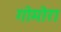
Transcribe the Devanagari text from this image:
गोमोरा